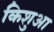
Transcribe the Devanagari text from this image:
किशुआ